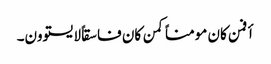
أفمن کان مومناً کمن کان فاسقاً لایستوون۔